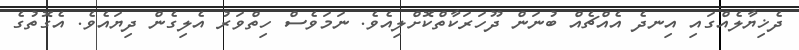
ދެޚިޔާލެއްގައި އިނދެ އެއްޗެއް ބުނަން ދޫހަރަކާތްކޮށްލިއެވެ. ނަމަވެސް ހިތްވަރު އެލިގެން ދިޔައެވެ. އެގޮތުގެ